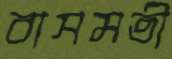
বাসমতী